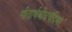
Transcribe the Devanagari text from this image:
गीतार्थबोधचंद्रिका